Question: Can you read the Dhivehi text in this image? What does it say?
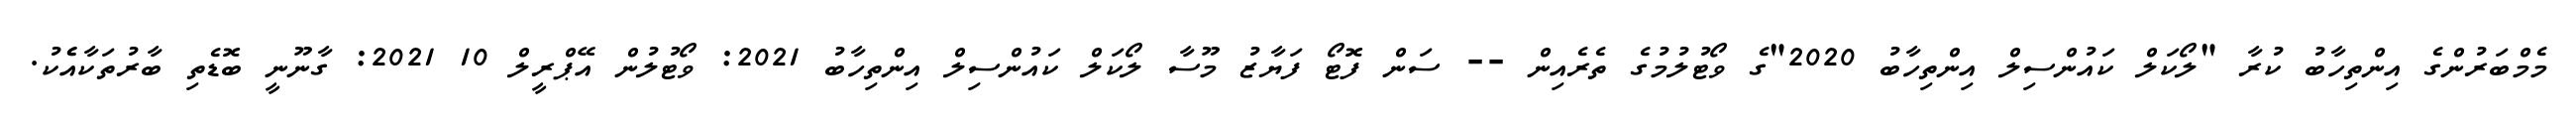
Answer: މެމްބަރުންގެ އިންތިހާބު ކުރާ "ލޯކަލް ކައުންސިލް އިންތިހާބު 2020"ގެ ވޯޓުލުމުގެ ތެރެއިން -- ސަން ފޮޓޯ ފަޔާޒު މޫސާ ލޯކަލް ކައުންސިލް އިންތިހާބު 2021: ވޯޓުލުން އޭޕްރީލް 10 2021: ގާނޫނީ ބޮޑެތި ބާރުތަކާއެެކު.